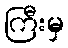
ကြီးမှ